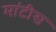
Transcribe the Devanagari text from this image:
मांटीस